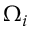
\Omega _ { i }